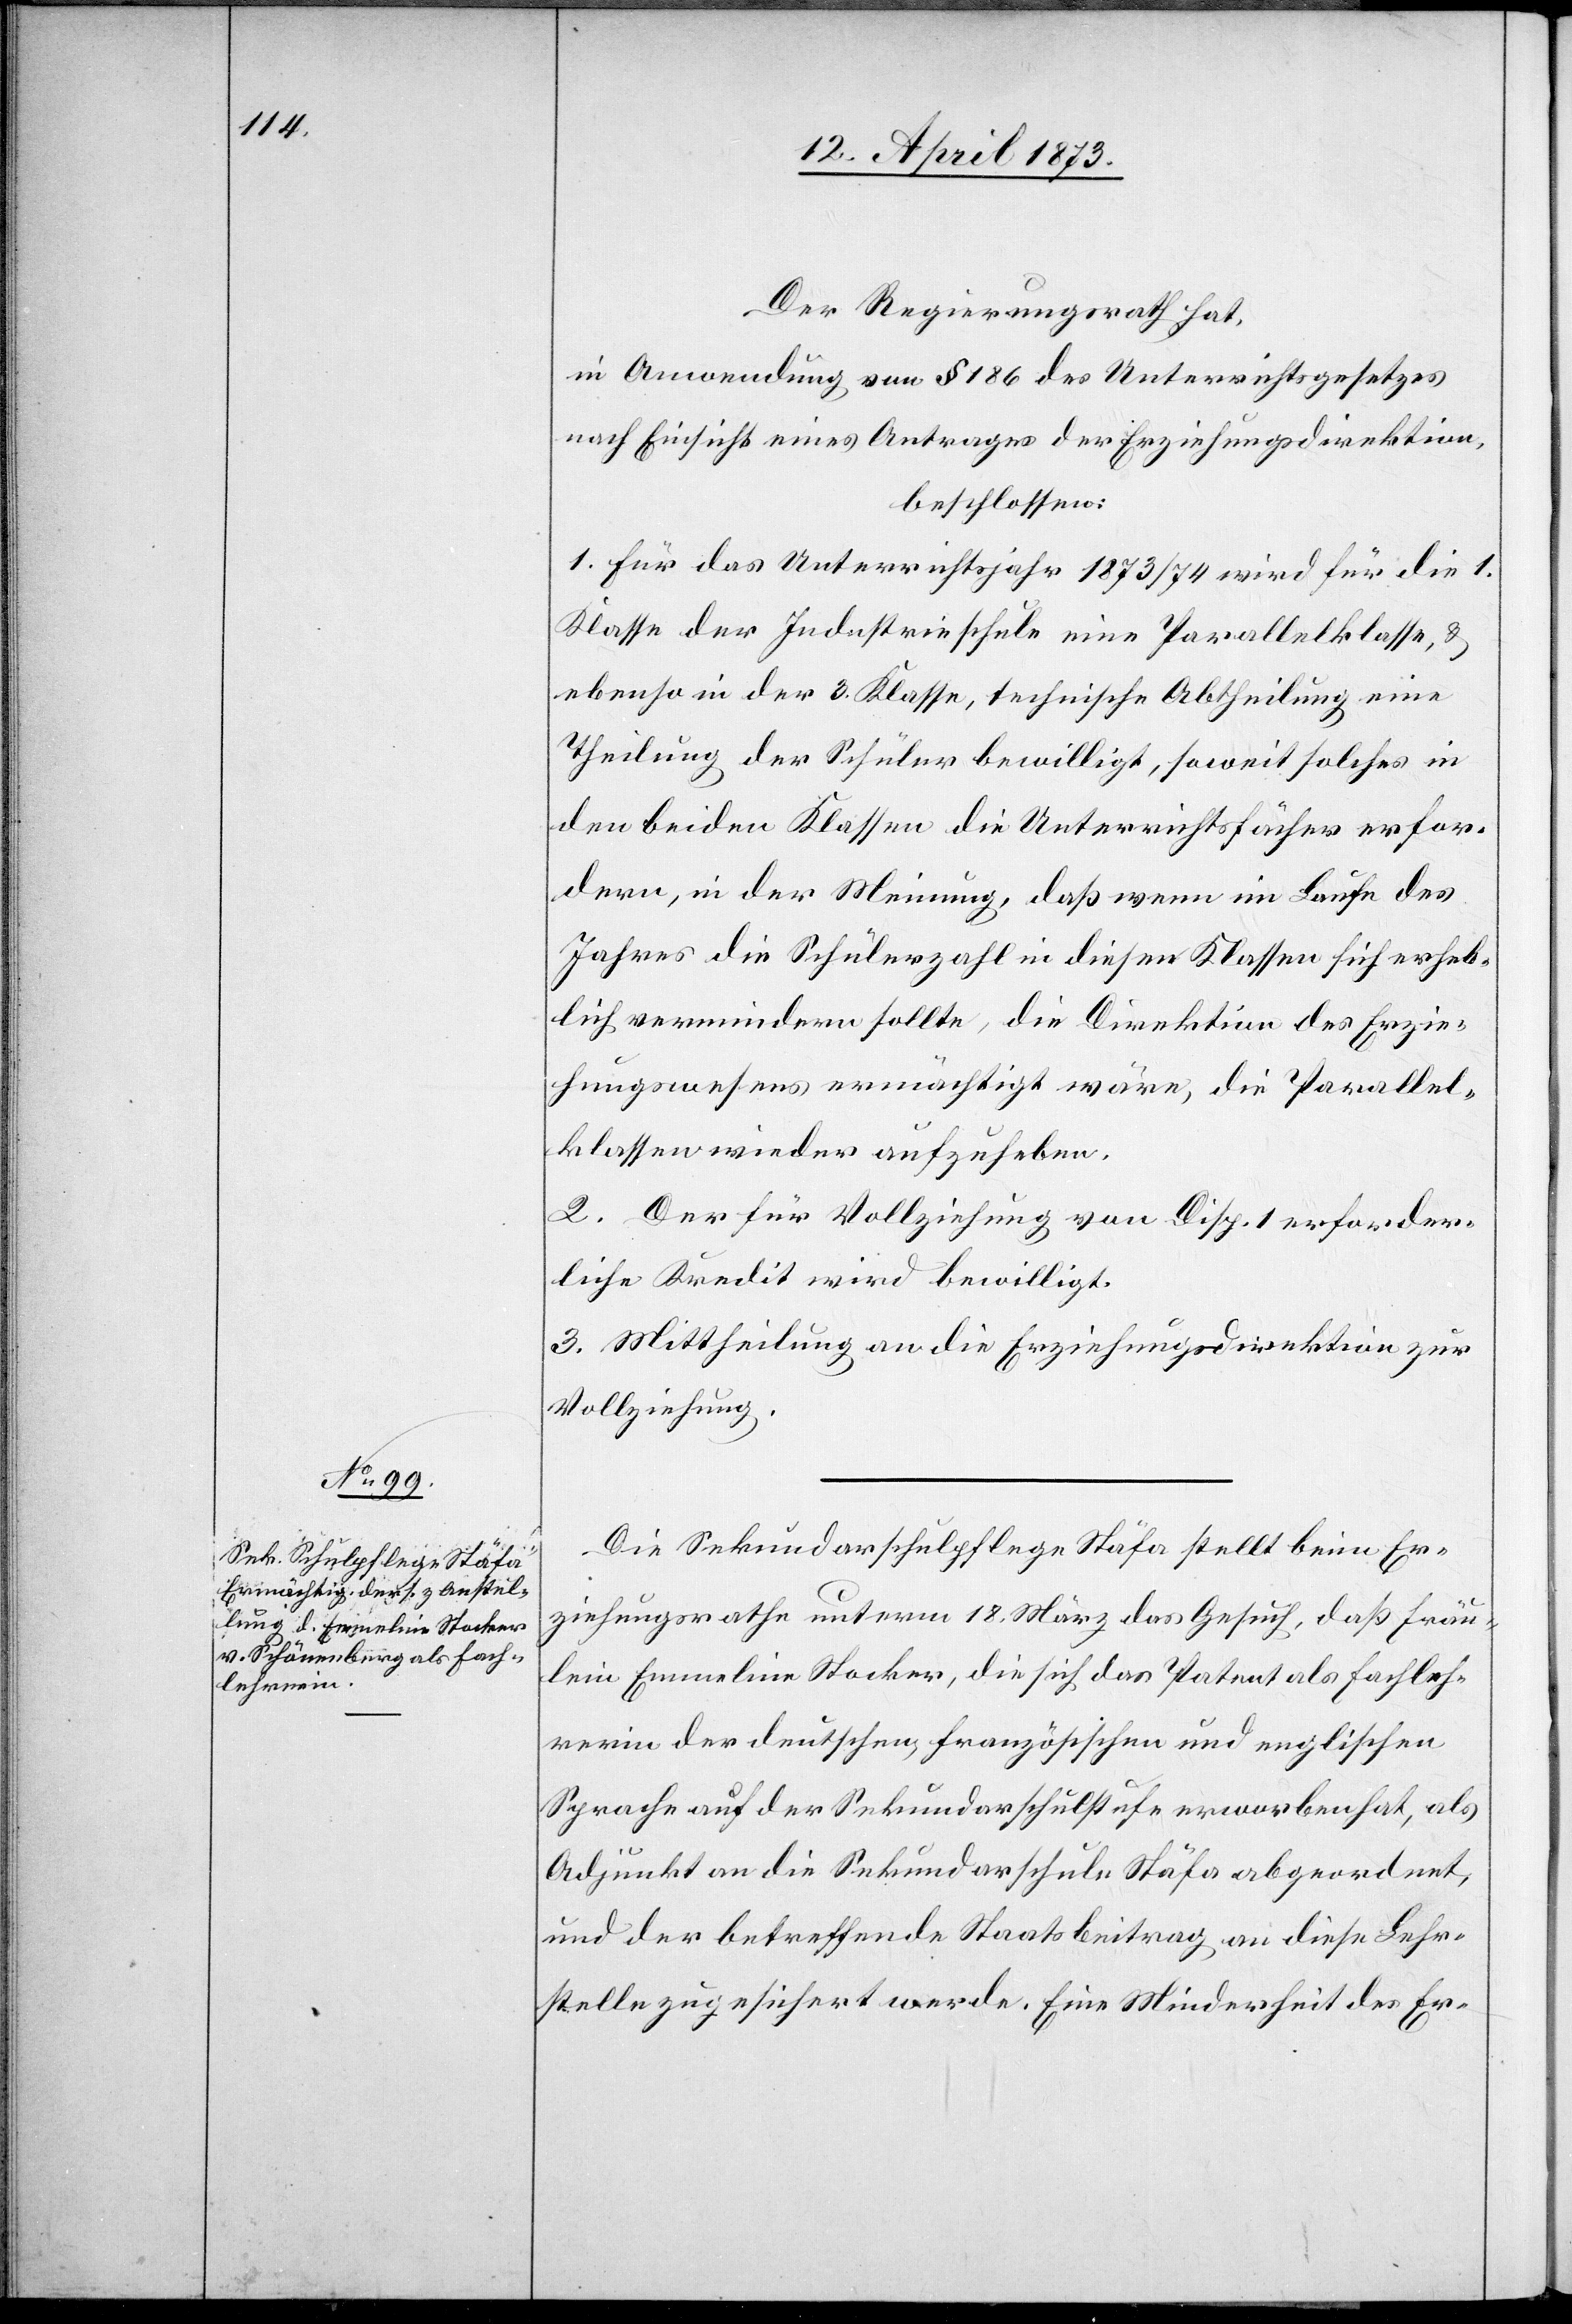
Der Regierungsrath hat,
in Anwendung von § 186 des Unterrichtsgesetzes
nach Einsicht eines Antrages der Erziehungsdirektion
beschlossen:
1. Für das Unterrichtsjahr 1873/74 wird für die 1.
Klasse der Industrieschule eine Parallelklasse, &
ebenso in der 3. Klasse, technische Abtheilung eine
Theilung der Schüler bewilligt, soweit solches in
den beiden Klassen die Unterrichtsfächer erfor¬
dern, in der Meinung, daß wenn im Laufe des
Jahres die Schülerzahl in diesen Klassen sich erheb¬
lich vermindern sollte, die Direktion des Erzie¬
hungswesens ermächtigt wäre, die Parallel¬
klassen wieder aufzuheben.
2. Der für Vollziehung von Disp. 1 erforder¬
liche Kredit wird bewilligt.
3. Mittheilung an die Erziehungsdirektion zur
Vollziehung.
Die Sekundarschulpflege Stäfa stellt beim Er¬
ziehungsrathe unterm 18. März das Gesuch, daß Fräu¬
lein Emmeline Stocker, die sich das Patent als Fachleh¬
rerin der deutschen, französischen und englischen
Sprache auf der Sekundarschulstufe erworben hat, als
Adjunkt an die Sekundarschule Stäfa abgeordnet,
und der betreffende Staatsbeitrag an diese Lehr¬
stelle zugesichert werde. Eine Minderheit des Er-